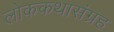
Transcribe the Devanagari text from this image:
लोककथासंग्रह